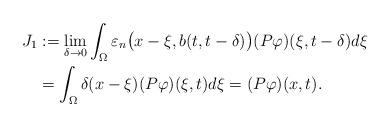
LaTeX: \begin{align*}J_{1}&:=\lim_{\delta\to 0}\int_{\Omega} \varepsilon_{n}\big (x-\xi,b(t,t-\delta)\big)(P\varphi)(\xi,t-\delta)d\xi\\&=\int_{\Omega}\delta(x-\xi)(P\varphi)(\xi,t)d\xi=(P\varphi)(x,t).\end{align*}